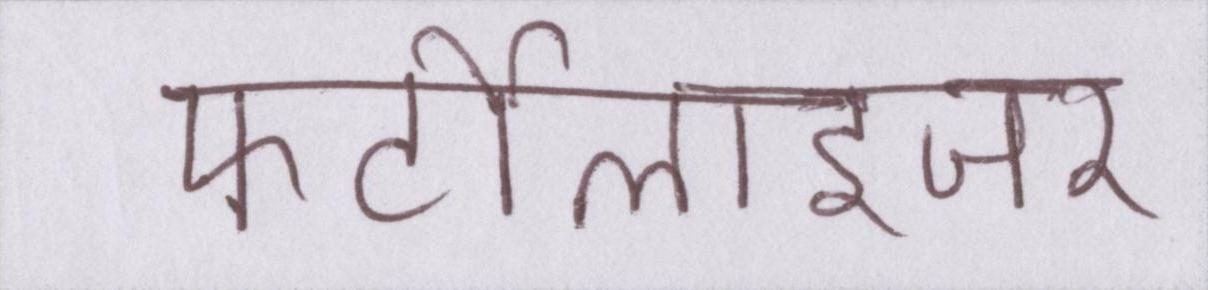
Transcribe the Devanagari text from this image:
फर्टीलाइजर